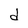
Character: d